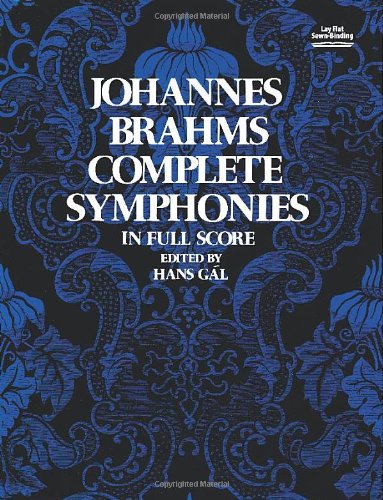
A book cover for Johannes Brahms Complete Symphonies in Full Score (Vienna Gesellschaft Der Musikfreunde Edition); Johannes Brahms; Humor & Entertainment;